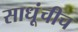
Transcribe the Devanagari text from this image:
साधूंचीच